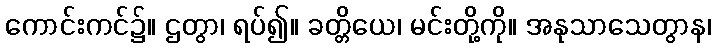
ကောင်းကင်၌။ ဌတွာ၊ ရပ်၍။ ခတ္တိယေ၊ မင်းတို့ကို။ အနုသာသေတွာန၊